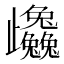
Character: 𭭼